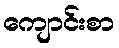
ကျောင်းစာ